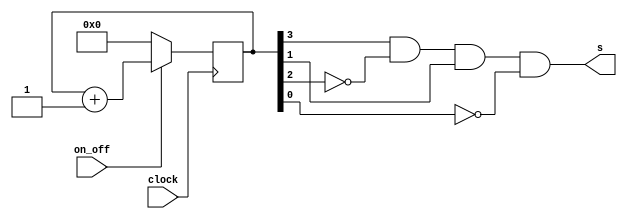
module tempo10seg(clock, on_off, s);

	input clock, on_off;
	output s;
	reg [3:0] bit;

	//temporizador de 10 segundos
	
	always @(posedge clock) begin
		if (!on_off) 
			bit <= 4'b0000;
		else begin
			if (bit == 4'b1010)
				bit <= 4'b0000;
			bit <= bit + 1;
		end			
	end
	
	assign s = bit[3] && !bit[2] && bit[1] && !bit[0];

endmodule